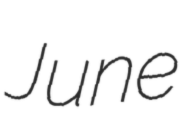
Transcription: June